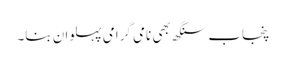
پنجاب سنگھ بھی نامی گرامی پہلوان بنا۔